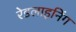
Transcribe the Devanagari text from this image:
रेडलाइनिंग